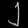
Digit: ၂